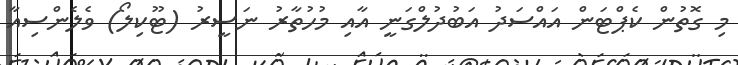
މި ގޮތުން ކެޕްޓަން އައްސަދު އަބުދުލްގަނީ އާއި މުހުތާރު ނަސީރު (ޓޫކިލޯ) ވެލެންސިއާ